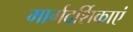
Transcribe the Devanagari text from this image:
मार्गदर्शिकाएं